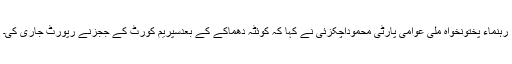
رہنماء پختونخواہ ملی عوامی پارٹی محموداچکزئی نے کہا کہ کوئٹہ دھماکے کے بعدسپریم کورٹ کے ججزنے رپورٹ جاری کی۔